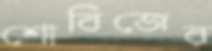
শোবিজের